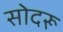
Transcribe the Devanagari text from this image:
सोदरू